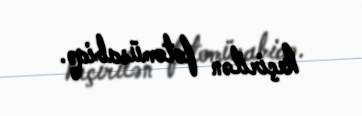
keçirilən fotomüsabiqə.